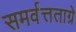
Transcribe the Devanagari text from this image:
समर्वत्तताग्रे